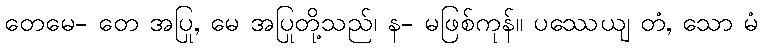
တေမေ- တေ အပြု, မေ အပြုတို့သည်၊ န- မဖြစ်ကုန်။ ပဿေယျ တံ, သော မံ